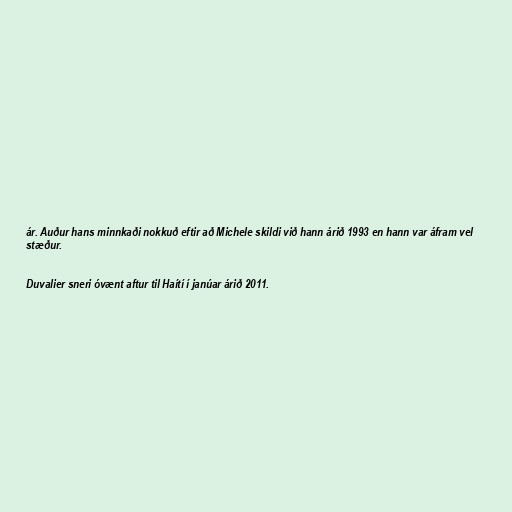
ár. Auður hans minnkaði nokkuð eftir að Michele skildi við hann árið 1993 en hann var áfram vel
stæður.

Duvalier sneri óvænt aftur til Haítí í janúar árið 2011.